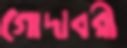
গোদাবরী